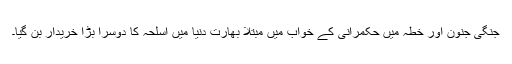
جنگی جنون اور خطہ میں حکمرانی کے خواب میں مبتلا بھارت دنیا میں اسلحہ کا دوسرا بڑا خریدار بن گیا۔